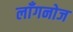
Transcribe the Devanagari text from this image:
लाँगनोज